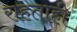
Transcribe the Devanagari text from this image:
राहताही